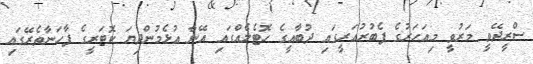
ސްރީދޭވީ މަރުވީ މިއަހަރުގެ ފެބުރުއަރީގައި ދުބާއީގެ ހޮޓެލެއްގައި އޭނާ އުޅެމުންދިޔަ ކޮޓަރީގެ ފާހަނާތެރޭގައި